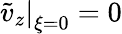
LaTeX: \left.\tilde{v}_{z}\right|_{\xi=0}=0